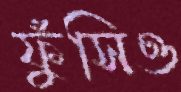
ফুঁসিও